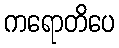
ကရောတိပေ